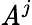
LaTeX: \mathit{A}^{j}